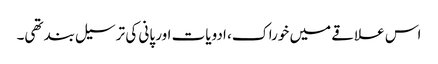
اس علاقے میں خوراک، ادویات اور پانی کی ترسیل بند تھی۔